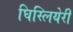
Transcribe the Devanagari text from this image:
घिस्लियेरी